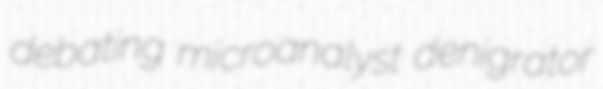
debating microanalyst denigrator